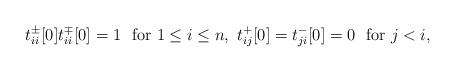
LaTeX: \begin{align*} t^\pm_{ii}[0]t^\mp_{ii}[0]=1\ \ \mathrm{for}\ 1\leq i\leq n,\ t^+_{ij}[0]=t^-_{ji}[0]=0 \ \ \mathrm{for}\ j<i,\end{align*}